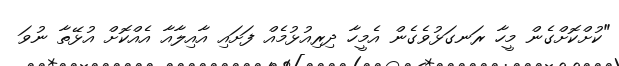
"ކުށްކޮށްގެން މީހާ ރަނގަޅުވެގެން އެމީހާ ދިރިއުޅުމެއް ފަށައި އާއިލާއާ އެއްކޮށް އުޅޭތާ ނުވަ